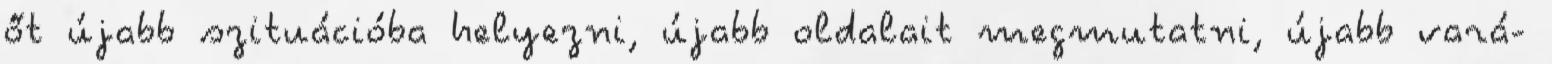
őt újabb szituációba helyezni, újabb oldalait megmutatni, újabb vará-